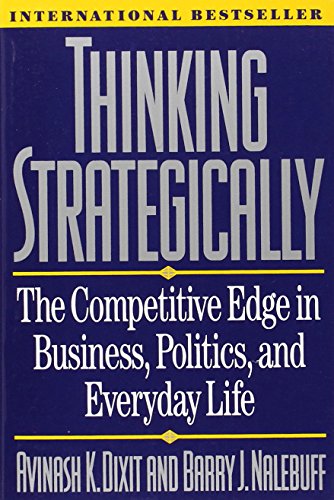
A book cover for Thinking Strategically: The Competitive Edge in Business, Politics, and Everyday Life (Norton Paperback); Avinash K. Dixit; Business & Money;